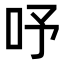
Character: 𠰄